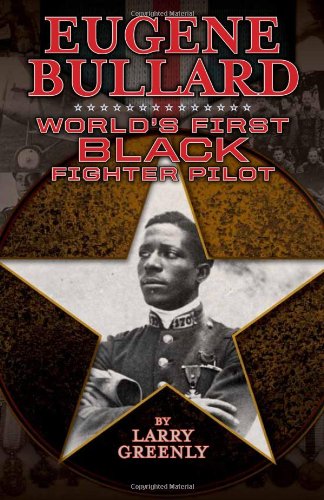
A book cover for Eugene Bullard: World's First Black Fighter Pilot; Larry Greenly; Teen & Young Adult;